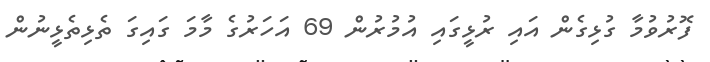
ފޮރުވުމާ ގުޅިގެން އައި ރުޅީގައި އުމުރުން 69 އަހަރުގެ މާމަ ގައިގަ ތެޅިތެޅީނުން